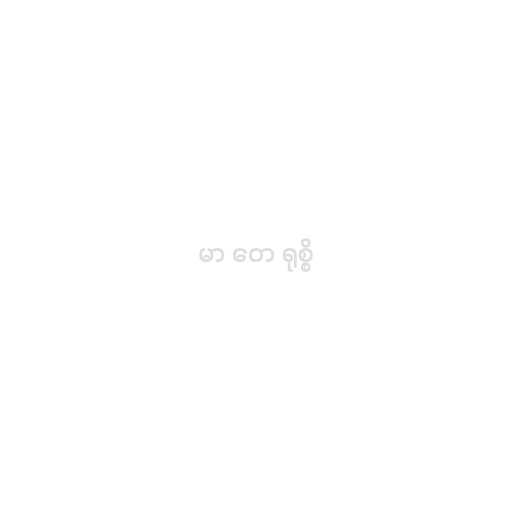
မာ တေ ရုစ္စိ